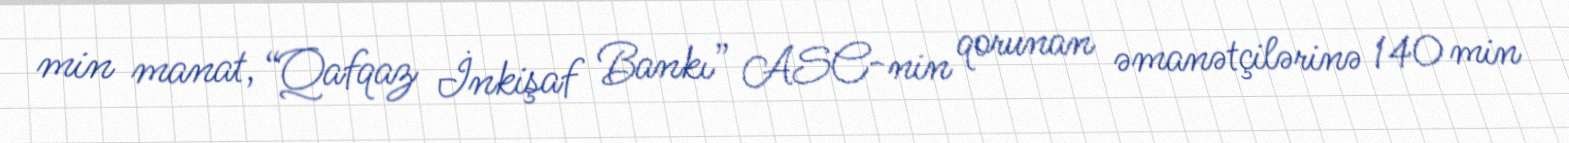
min manat, “Qafqaz İnkişaf Bankı” ASC-nin qorunan əmanətçilərinə 140 min